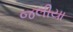
જલીયા